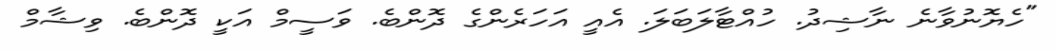
"ހެޔޮނުވާނެ ނާޝިދު. ހުއްޓާލަބަލަ. އެއީ އަހަރެންގެ ދޮންބެ. ވަސީމް އަކީ ދޮންބެ. ވިޝާމް